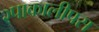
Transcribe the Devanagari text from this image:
२पाकालीपस